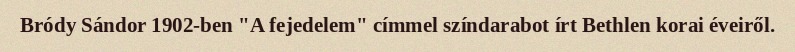
Bródy Sándor 1902-ben "A fejedelem" címmel színdarabot írt Bethlen korai éveiről.